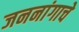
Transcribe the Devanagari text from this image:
जननांगाचे